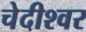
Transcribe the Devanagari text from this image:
चेदीश्वर